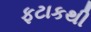
ફટાકથી